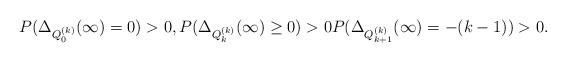
LaTeX: \begin{align*}P(\Delta_{Q_0^{(k)}} (\infty)=0)>0, P(\Delta_{Q_k^{(k)}} (\infty)\geq 0)>0 P(\Delta_{Q_{k+1}^{(k)}} (\infty)=-(k-1))>0.\end{align*}